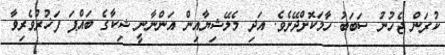
ކުރަން ޖެހުނު ސަބަބު ހާމަކޮށްދޭށެވެ. އަދި މެލޭޝިޔާއިން އަންނާނީ ޝިކާގެ ބައްޕަ ފަޚުރުވެރިވާ